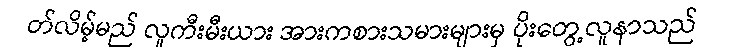
တ်လိမ့်မည် လူကီးမီးယား အားကစားသမားများမှ ပိုးတွေ့လူနာသည်